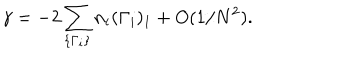
LaTeX: \gamma = - 2 \sum _ { \{ \Gamma _ { i } \} } n _ { i } ( \Gamma _ { i } ) _ { 1 } + O ( 1 / N ^ { 2 } ) .